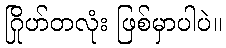
ဂြိုဟ်တလုံး ဖြစ်မှာပါပဲ။